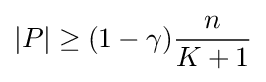
|P|\geq (1-\gamma ){\frac {n}{K+1}}